Civil Veterinary Department. Central Provinces & Berar 1932-41 - 1932-1941
Year: 1932
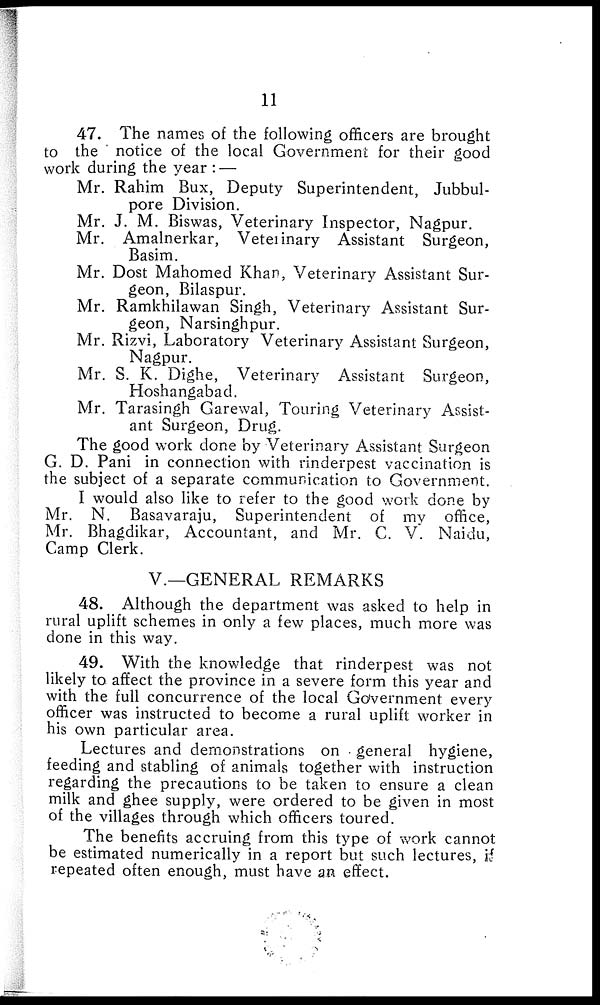
11
47. The names of the following officers are brought
to the notice of the local Government for their good
work during the year : —
Mr. Rahim Bux, Deputy Superintendent, Jubbul-
pore Division.
Mr. J. M. Biswas, Veterinary Inspector, Nagpur.
Mr. Amalnerkar, Veterinary Assistant Surgeon,
Basim.
Mr. Dost Mahomed Khan, Veterinary Assistant Sur-
geon, Bilaspur.
Mr. Ramkhilawan Singh, Veterinary Assistant Sur-
geon, Narsinghpur.
Mr. Rizvi, Laboratory Veterinary Assistant Surgeon,
Nagpur.
Mr. S. K. Dighe, Veterinary Assistant Surgeon,
Hoshangabad.
Mr. Tarasingh Garewal, Touring Veterinary Assist-
ant Surgeon, Drug.
The good work done by Veterinary Assistant Surgeon
G. D. Pani in connection with rinderpest vaccination is
the subject of a separate communication to Government.
I would also like to refer to the good work done by
Mr. N. Basavaraju, Superintendent of my office,
Mr. Bhagdikar, Accountant, and Mr. C. V. Naidu,
Camp Clerk.
V.—GENERAL REMARKS
48. Although the department was asked to help in
rural uplift schemes in only a few places, much more was
done in this way.
49. With the knowledge that rinderpest was not
likely to affect the province in a severe form this year and
with the full concurrence of the local Government every
officer was instructed to become a rural uplift worker in
his own particular area.
Lectures and demonstrations on general hygiene,
feeding and stabling of animals together with instruction
regarding the precautions to be taken to ensure a clean
milk and ghee supply, were ordered to be given in most
of the villages through which officers toured.
The benefits accruing from this type of work cannot
be estimated numerically in a report but such lectures, if
repeated often enough, must have an effect.